Vaccination United Provinces of Agra and Oudh 1914-1922 - 1914-1922
Year: 1914
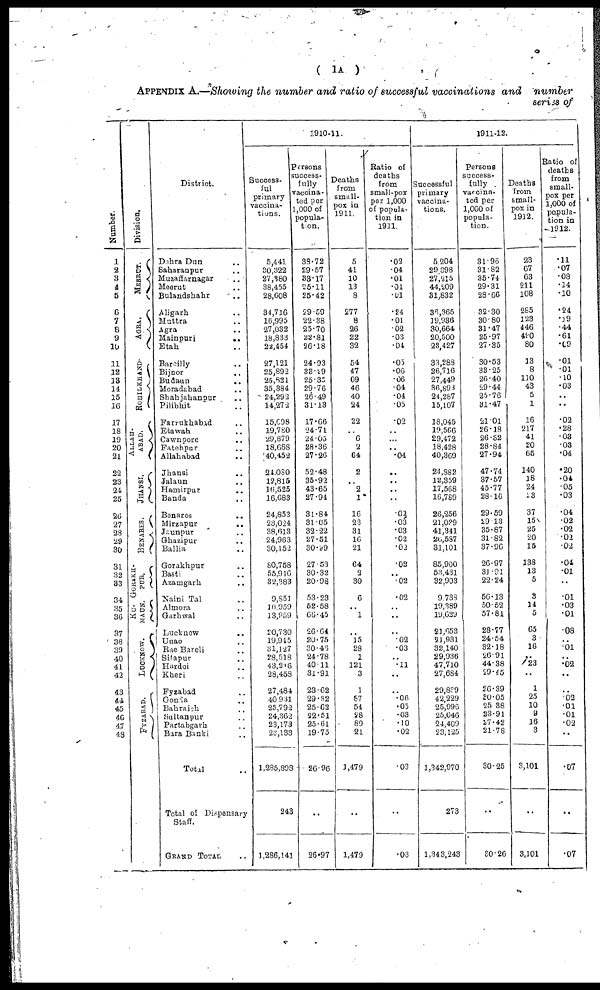
( 1A )
APPENDIX A.—Showing the number and ratio of successful vaccinations and number
series of
Number.
1
2
3
4
5
6
7
8
9
10
11
12
13
14
15
16
17
18
19
20
21
22
23
24
25
26
27
23
29
30
31
32
33
34
35
30
37
38
39
40
41
42
43
44
45
46
47
43
Division.
MEERUT.
AGRA.
ROHILKHAND
ALLAH-
----.
JHANSI.
BENARES.
GORAKH¬
PUR.
KU¬
MAUN.
LUCKNOW.
FYZABAD.
District.
Dehra Dun ..
Saharanpur ..
Muzaffarnagar ..
Meerut ..
Bulandshahr ..
Aligarh ..
Muttra ..
Agra ..
Mainpuri
..
Etah ..
Bareilly ..
Bijnor ..
Budaun
..
Moradabad ..
Shahjahanpur ..
Pilibhit ..
Farrukhabad ..
Etawah ..
Cawnpore ..
Fatehpur ..
Allahabad ..
Jhansi ..
Jalaun ..
Hamirpur ..
Banda ..
Benares ..
Mirzapur ..
Jaunpur ..
Ghazipur ..
Balla ..
Gorakhpur ..
Basti ..
Azamgarh ..
Naini Tal ..
Almora ..
Garhwal ..
Lucknow ..
Unao ..
Rae Bareli ..
Sitapur ..
Hardoi ..
Kheri ..
Fyzabad ..
Gonda ..
Bahraich ..
Sultanpur ..
Partabgarh ..
Bara Banki ..
Total ..
Total of Dispensary
Staff.
GRAND TOTAL ..
1910-11.
Success¬
ful
primary
vaccina-
tions.
5,441
30,322
27,380
38,455
28,608
34,716
16,995
27,032
18,883
22,454
27,121
25,892
25,821
35,384
24,292
14,27 2
15,698
19,780
29,879
18,668
40,452
24,080
12,815
16,525
16,683
24,853
23,024
38,613
24,963
30,152
80,758
55,916
32,383
9,851
16,959
13,959
20,730
19,945
31,127
28,518
43,216
28,458
27,484
40,931
25,792
24,362
23,173
21,133
1,285,898
243
1,286,141
Persons
success¬
fully
vaccina-
ted per
1,000 of
popula¬
tion.
38.72
29.57
33.17
25.11
25.42
29.59
22.38
25.70
22.81
26.18
24.93
33.29
25.35
29.76
26.49
31.13
17.66
24.71
24.05
28.36
27.26
52.48
35.92
43.65
27.94
31.84
31.65
32.22
27.51
30.99
27.53
30.32
20.96
53.23
52.58
66.45
26.64
20.75
30.46
24.78
40.11
31.91
23.62
29.82
25.62
22.51
25.61
19.75
26.96
..
26.97
Deaths
from
small-
pox in
1911.
5
41
10
13
8
277
8
26
22
32
54
47
69
46
40
24
22
.. 6
2
64
2
..
2
1
16
23
31
16
21
64
2
30
6
..
1
..
15
28
1
121
3
1
87
54
28
89
21
1 ,479
..
1,479
Ratio of
deaths
from
small-pox
per 1,000
of popula-
tion in
1911
.02
.04
.01
.01
.01
.24
.01
.02
.03
.04
.05
.06
.06
.04
.04
.05
.02
..
..
..
.04
..
..
..
..
.02
.03
.03
.02
.02
.02
..
.02
.02
..
..
..
.02
.03
..
.11
..
..
.06
.03
.03
.10
.02
.03
..
.03
1911-12.
Successful
primary
vaccina-
tions.
5,204
29,398
27,215
44,209
31,832
36,365
19,936
30,664
20,500
23,427
33,288
26,716
27,449
36,893
24,287
15,107
18,045
19,566
29,472
18,428
40,369
24,882
12,359
17,568
16,789
26,256
21,029
41,341
26,587
31,101
85,900
53,431
32,903
9,738
19,389
19,629
21,653
21,931
32,140
29,936
47,710
27,684
29,839
42,229
25,996
26,046
24,409
23,125
1,342,970
273
1,343,243
Persons
success-
fully
vaccina¬
ted per
1,000 of
popula-
tion.
31.96
31.82
35.74
29.31
28.66
32.30
30.80
31.47
25.97
27.35
30.53
33.25
26.40
29.44
25.76
31.47
21.01
26.18
26.32
28.84
27.94
47.74
37.57
45.77
28.16
29.59
29.13
35.87
31.82
37.96
26.97
31.91
22.24
56.13
50.52
57.81
28.77
24.54
32.18
26.91
44.38
29.45
26.39
30.05
25.38
23.91
27.42
21.78
30.25
..
30.26
Deaths
from
Small¬
pox in
1912.
23
67
63
211
108
285
123
446
490
80
13
8
110
43
5
1
16
217
41
20
65
140
18
24
23
37
15
25
20
15
138
13
5
3
14
5
65
3
16
..
23
..
1
25
10
9
16
3
3,101
..
3,101
Ratio of
deaths
from
small-
pox per
1,000 of
popula-
tion in
1912.
.11
.07
.08
.14
.10
.24
.19
.44
.61
.09
.01
.01
.10
.03
..
..
.02
.28
.03
.03
.04
.20
.04
.05
.03
.04
.02
.02
.02
.02
.04
.01
..
.01
.03
.01
.08
..
.01
..
.02
..
..
.03 .01
.01
.02
..
.07
..
.07